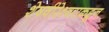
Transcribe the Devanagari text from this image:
शेषवीरेश्वराकडून